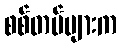
စစ်တပ်များက